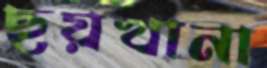
ছয়খানা